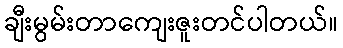
ချီးမွမ်းတာကျေးဇူးတင်ပါတယ်။